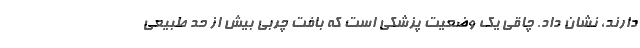
دارند، نشان داد. چاقی یک وضعیت پزشکی است که بافت چربی بیش از حد طبیعی